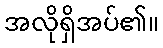
အလိုရှိအပ်၏။